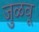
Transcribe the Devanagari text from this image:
जुळवू